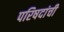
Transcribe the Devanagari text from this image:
परिषदांची